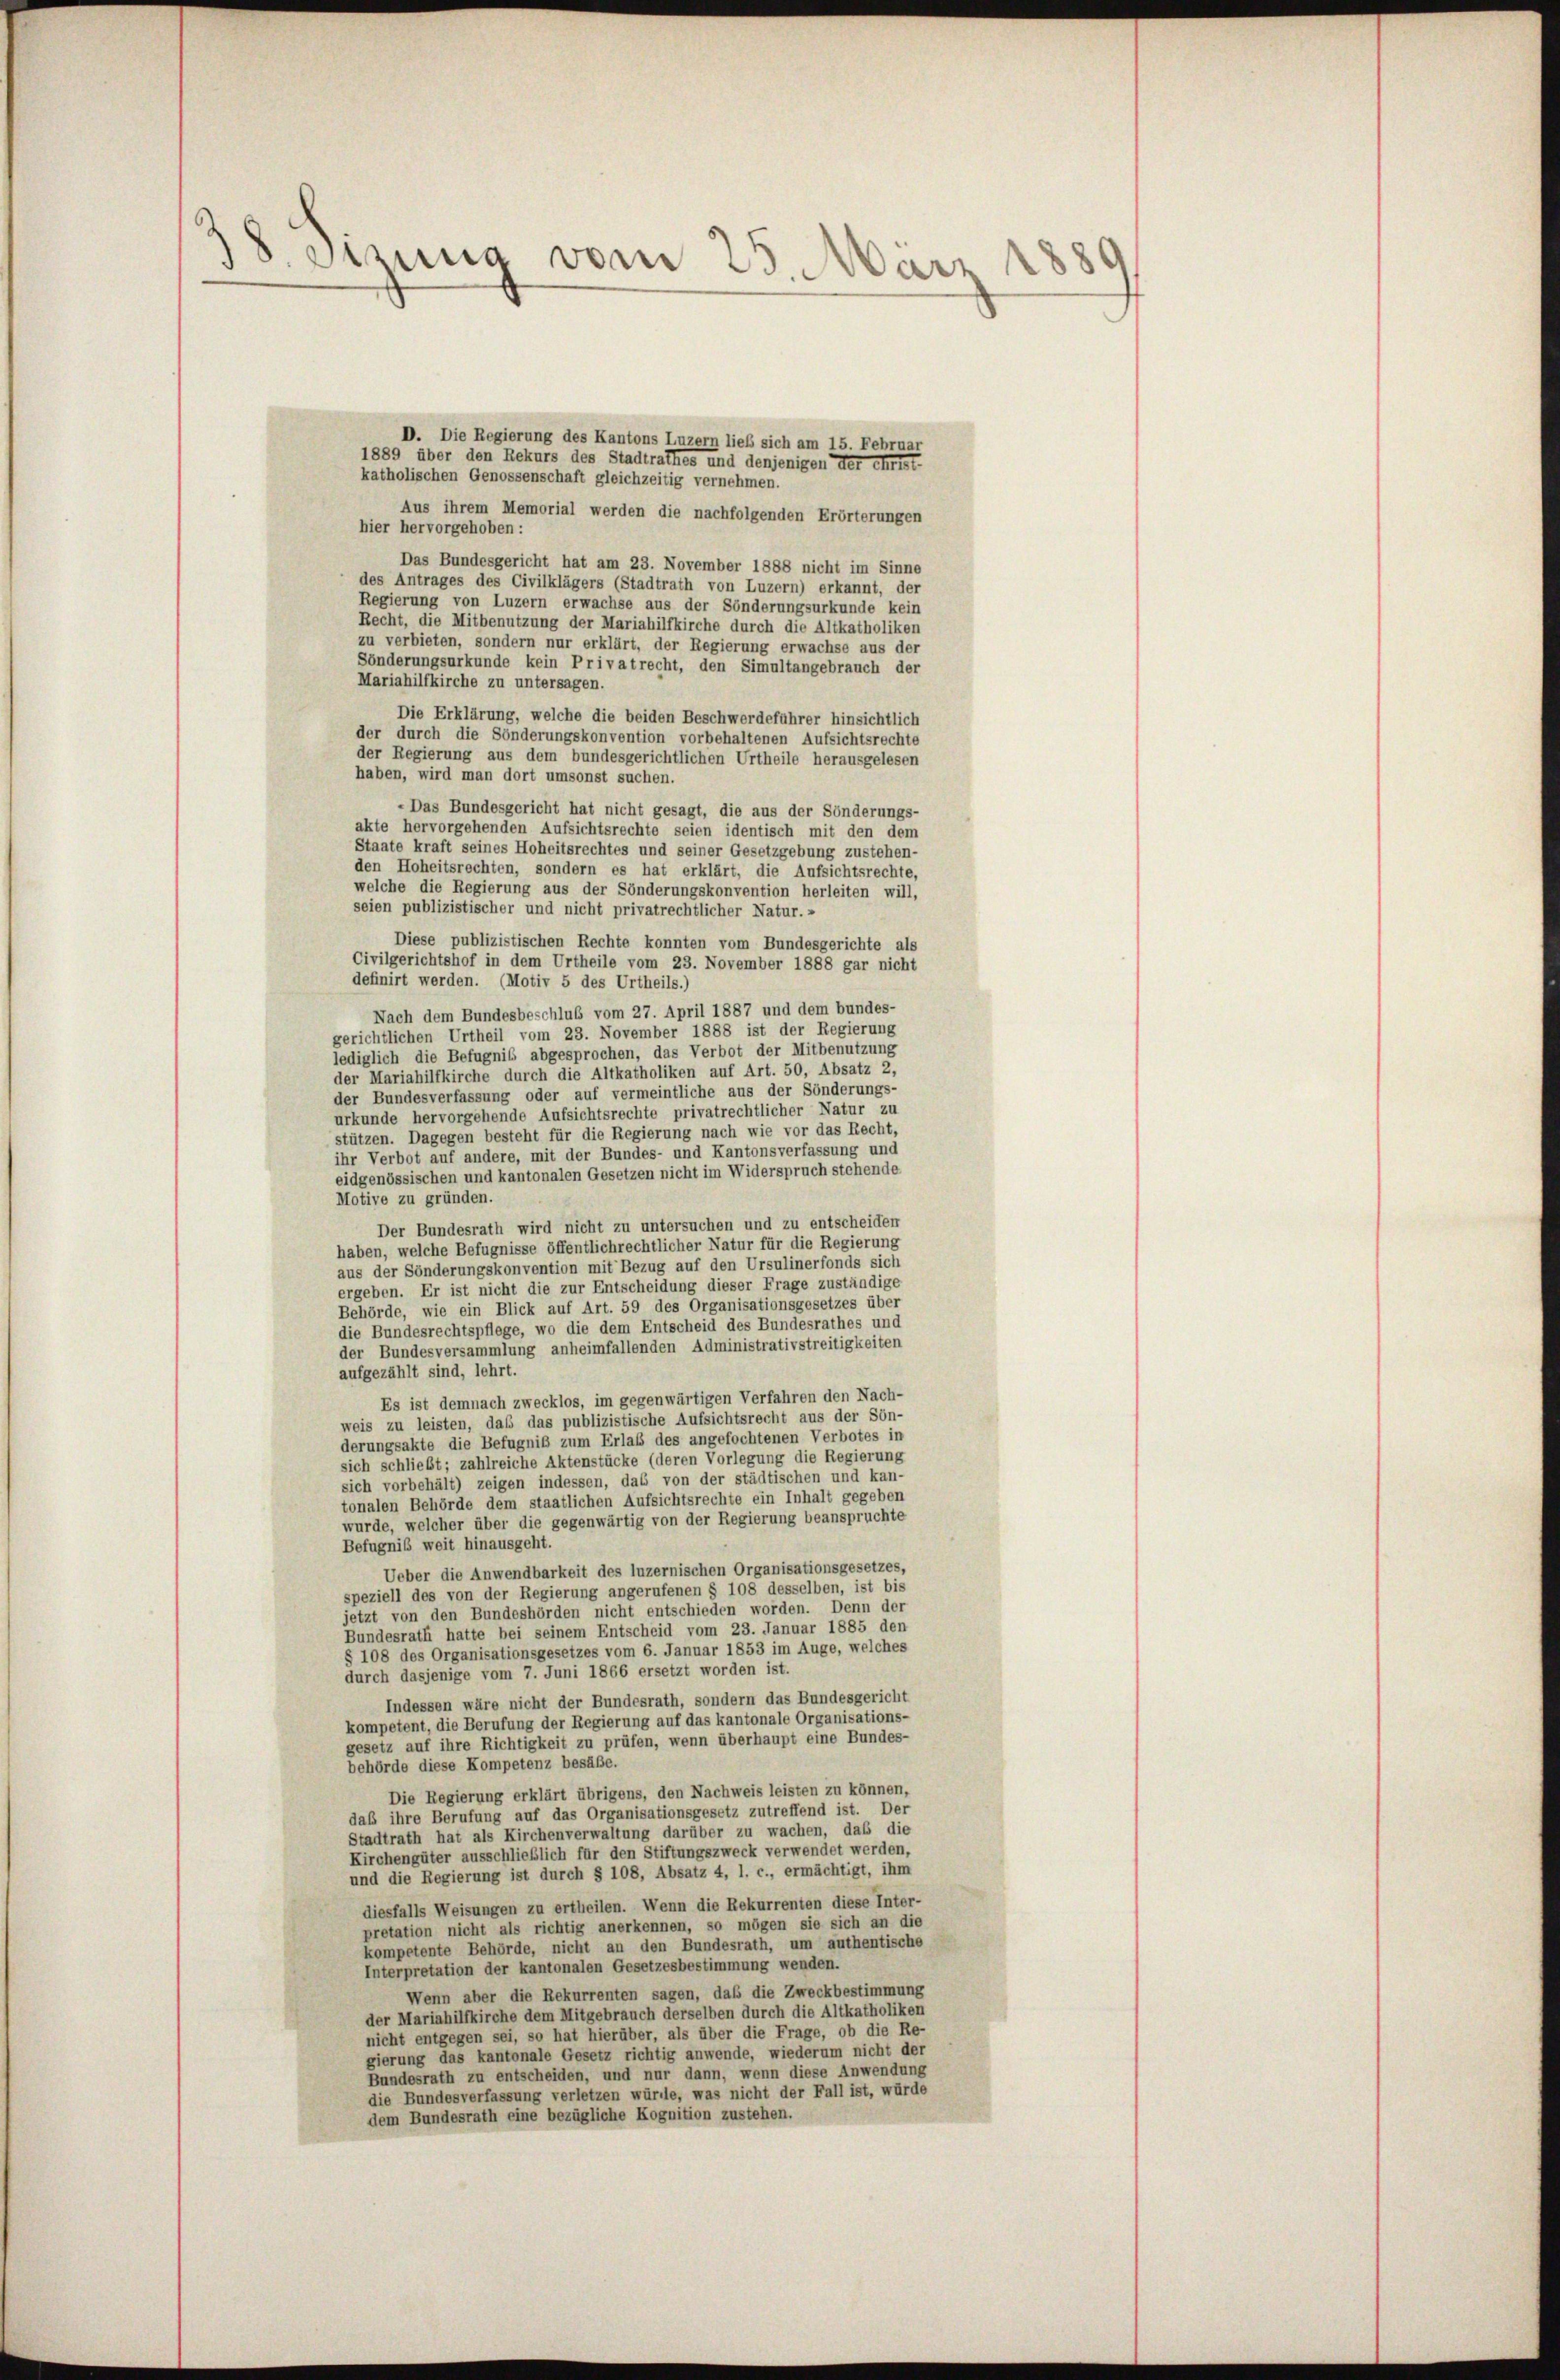
38 Sirung vom 25. März
88

D. Die Regierung des Kantons Luzern lieb sich am 15. Februar
1889 über den Rekurs des Stadtrathes und denjenigen der christ-
katholischen Genossenschaft gleichzeitig vernehmen.
Aus ihrem Memorial werden die nachfolgenden Erörterungen
hier hervorgehoben:
Das Bundesgericht hat am 23. November 1888 nicht im Sinne
des Antrages des Civilklägers (Stadtrath von Luzern) erkannt, der
Regierung von Luzern erwachse aus der Sönderungsurkunde kein
Recht, die Mitbenutzung der Mariahilfkirche durch die Altkatholiken
zu verbieten, sondern nur erklärt, der Regierung erwachse aus der
Sönderungsurkunde kein Privatrecht, den Simultangebrauch der
Mariahilfkirche zu untersagen.
Die Erklärung, welche die beiden Beschwerdeführer hinsichtlich
der durch die Sönderungskonvention vorbehaltenen Aufsichtsrechte
der Regierung aus dem bundesgerichtlichen Urtheile herausgelesen
haben, wird man dort umsonst suchen.
.Das Bundesgericht hat nicht gesagt, die aus der Sönderungs-
akte hervorgehenden Aufsichtsrechte seien identisch mit den dem
Staate kraft seines Hoheitsrechtes und seiner Gesetzgebung zustehen-
den Hoheitsrechten, sondern es hat erklärt, die Aufsichtsrechte,
welche die Regierung aus der Sönderungskonvention herleiten will,
seien publizistischer und nicht privatrechtlicher Natur.«
Diese publizistischen Rechte konnten vom Bundesgerichte als
Civilgerichtshof in dem Urtheile vom 23. November 1888 gar nicht
definirt werden. (Motiv 5 des Urtheils.)
Nach dem Bundesbeschluß vom 27. April 1887 und dem bundes-
gerichtlichen Urtheil vom 23. November 1888 ist der Regierung
lediglich die Befugnis abgesprochen, das Verbot der Mitbenutzung
der Mariahilfkirche durch die Altkatholiken auf Art. 50, Absatz 2,
der Bundesverfassung oder auf vermeintliche aus der Sönderungs-
urkunde hervorgehende Aufsichtsrechte privatrechtlicher Natur zu
stützen. Dagegen besteht für die Regierung nach wie vor das Recht,
ihr Verbot auf andere, mit der Bundes- und Kantonsverfassung und
eidgenössischen und kantonalen Gesetzen nicht im Widerspruch stehende
Motive zu gründen.
Der Bundesrath wird nicht zu untersuchen und zu entscheiden
haben, welche Befugnisse öffentlichrechtlicher Natur für die Regierung
aus der Sönderungskonvention mit Bezug auf den Ursulinerfonds sich
ergeben. Er ist nicht die zur Entscheidung dieser Frage zuständige
Behörde, wie ein Blick auf Art. 59 des Organisationsgesetzes über
die Bundesrechtspflege, wo die dem Entscheid des Bundesrathes und
der Bundesversammlung anheimfallenden Administrativstreitigkeiten
aufgezählt sind, lehrt.
Es ist demnach zwecklos, im gegenwärtigen Verfahren den Nach-
weis zu leisten, daß das publizistische Aufsichtsrecht aus der Sön-
derungsakte die Befugniß zum Erlaß des angefochtenen Verbotes in
sich schliebt; zahlreiche Aktenstücke (deren Vorlegung die Regierung
sich vorbehält) zeigen indessen, das von der städtischen und kan-
tonalen Behörde dem staatlichen Aufsichtsrechte ein Inhalt gegeben
wurde, welcher über die gegenwärtig von der Regierung beanspruchte
Befugniß weit hinausgeht.
Ueber die Anwendbarkeit des luzernischen Organisationsgesetzes,
speziell des von der Regierung angerufenen § 108 desselben, ist bis
jetzt von den Bundeshörden nicht entschieden worden. Denn der
Bundesrath hatte bei seinem Entscheid vom 23. Januar 1885 den
§ 108 des Organisationsgesetzes vom 6. Januar 1853 im Auge, welches
durch dasjenige vom 7. Juni 1866 ersetzt worden ist.
Indessen wäre nicht der Bundesrath, sondern das Bundesgericht
kompetent, die Berufung der Regierung auf das kantonale Organisations-
gesetz auf ihre Richtigkeit zu prüfen, wenn überhaupt eine Bundes-
behörde diese Kompetenz besäße.
Die Regierung erklärt übrigens, den Nachweis leisten zu können,
daß ihre Berufung auf das Organisationsgesetz zutreffend ist. Der
Stadtrath hat als Kirchenverwaltung darüber zu wachen, das die
Kirchengüter ausschließlich für den Stiftungszweck verwendet werden,
und die Regierung ist durch § 108, Absatz 4, 1. c., ermächtigt, ihm
diesfalls Weisungen zu ertheilen. Wenn die Rekurrenten diese Inter-
pretation nicht als richtig anerkennen, so mögen sie sich an die
kompetente Behörde, nicht an den Bundesrath, um authentische
Interpretation der kantonalen Gesetzesbestimmung wenden.
Wenn aber die Rekurrenten sagen, daß die Zweckbestimmung
der Mariahilfkirche dem Mitgebrauch derselben durch die Altkatholiken
nicht entgegen sei, so hat hierüber, als über die Frage, ob die Re-
gierung das kantonale Gesetz richtig anwende, wiederum nicht der
Bundesrath zu entscheiden, und nur dann, wenn diese Anwendung
die Bundesverfassung verletzen würde, was nicht der Fall ist, würde
dem Bundesrath eine bezügliche Kognition zustehen